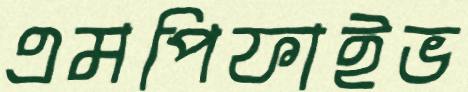
এমপিফাইভ